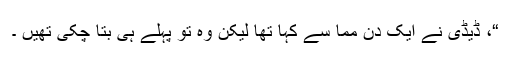
“، ڈیڈی نے ایک دن مما سے کہا تھا لیکن وہ تو پہلے ہی بتا چکی تھیں ۔